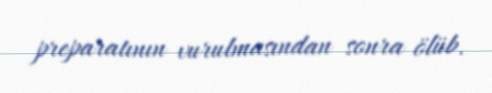
preparatının vurulmasından sonra ölüb.